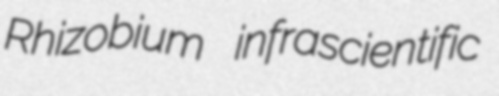
Rhizobium infrascientific